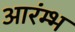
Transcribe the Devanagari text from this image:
आरंम्भ